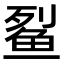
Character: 𫚓